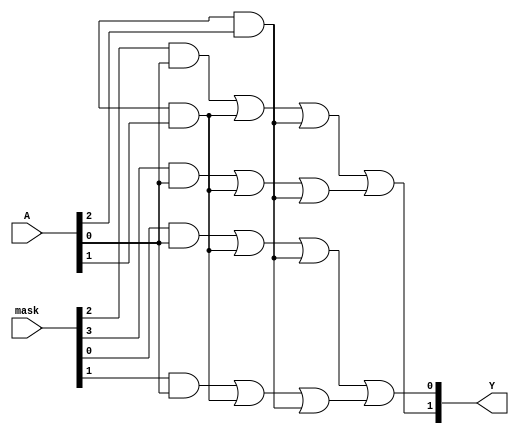
module masked_pal (
    input wire [N-1:0] A,   // Input lines (N-bit input)
    input wire [M-1:0] mask, // Mask for the AND array (M-bit input)
    output wire [P-1:0] Y   // Output lines (P-bit output)
);
    parameter N = 3; // Number of inputs (A, B, C)
    parameter M = 4; // Number of AND gates
    parameter P = 2; // Number of outputs (Y1, Y2)

    // Declare the AND array outputs
    wire [M-1:0] and_out;

    // AND gate implementation
    genvar i;
    generate
        for (i = 0; i < M; i = i + 1) begin : and_array
            assign and_out[i] = (mask[i] & A[0]) | (mask[i + M] & A[1]) | (mask[i + 2*M] & A[2]);
        end
    endgenerate

    // Fixed OR array implementation
    assign Y[0] = and_out[0] | and_out[1]; // Output Y1 combines AND gates 0 and 1
    assign Y[1] = and_out[2] | and_out[3]; // Output Y2 combines AND gates 2 and 3

endmodule